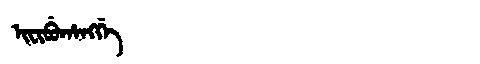
Manchu: ᡳᠸᡳᠪᡠᡥᠠᠩᡤᡝ
Romanization: IFIBUHANGGE